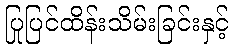
ပြုပြင်ထိန်းသိမ်းခြင်းနှင့်